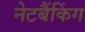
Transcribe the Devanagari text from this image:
नेटबैंकिंग